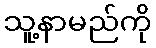
သူ့နာမည်ကို